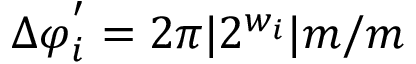
\Delta \varphi _ { i } ^ { ' } = 2 \pi | 2 ^ { w _ { i } } | { m } / m